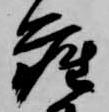
座